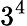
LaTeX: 3^{4}